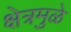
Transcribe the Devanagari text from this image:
क्षेत्रमुळे